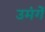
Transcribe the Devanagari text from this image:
उमंगें